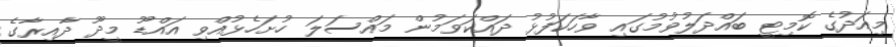
މިއަދުގެ ކޮމިޓީ ބައްދަލުވުމުގައި ވާހަކަފުޅު ދައްކަވަމުން މައްސަލަ ހުށަހެޅުއްވި އައްޑޫ މީދޫ ދާއިރާގެ